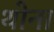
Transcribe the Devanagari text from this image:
थोना